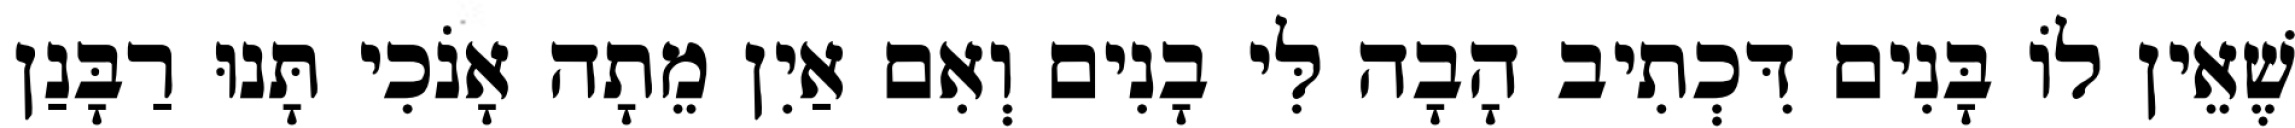
שֶׁאֵין לוֹ בָּנִים דִּכְתִיב הָבָה לִּי בָנִים וְאִם אַיִן מֵתָה אָנֹכִי תָּנוּ רַבָּנַן